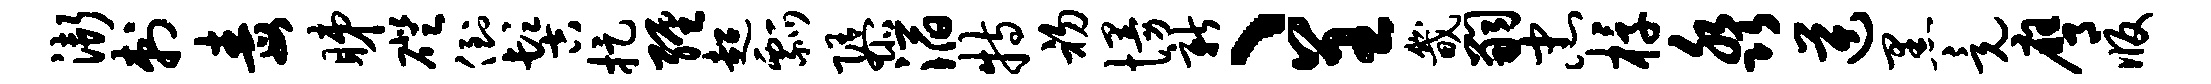
渐刺毒睇磴倒髻捉缠超瓢隳滔特初慢新、呈畿嗣忠椁淼逆黑竟膺版